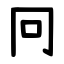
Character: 冋